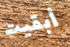
أبقيت